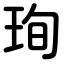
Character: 珣